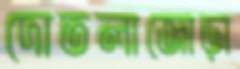
দোতলাজোড়া